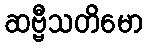
ဆဗ္ဗီသတိမော